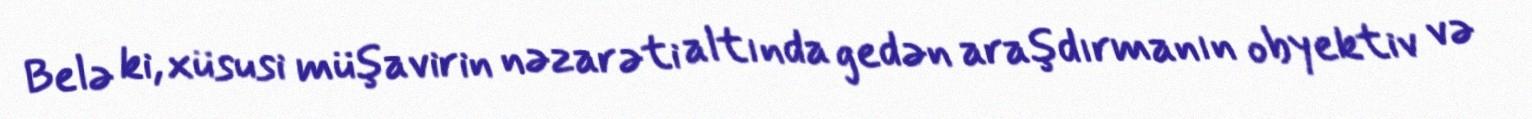
Belə ki, xüsusi müşavirin nəzarəti altında gedən araşdırmanın obyektiv və